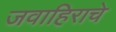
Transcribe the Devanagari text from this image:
जवाहिराचे